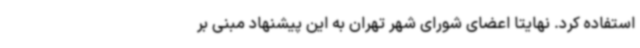
استفاده کرد. نهایتا اعضای شورای شهر تهران به این پیشنهاد مبنی بر